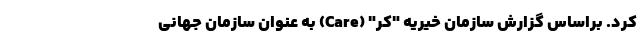
کرد. براساس گزارش سازمان خیریه "کر" (Care) به عنوان سازمان جهانی